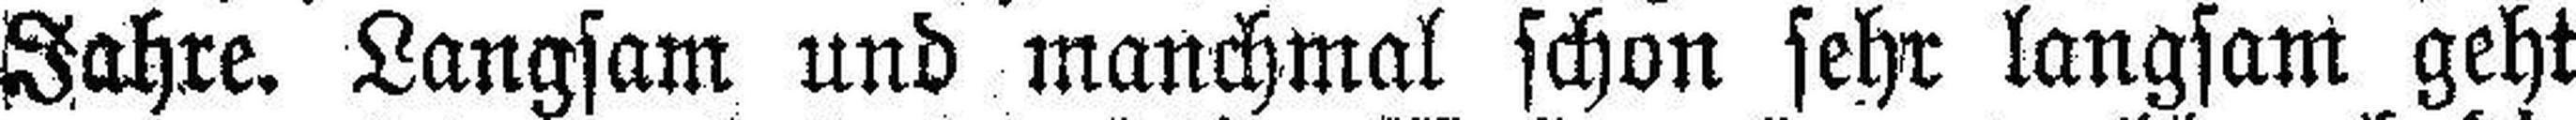
Jahre. Langsam und manchmal schon sehr langsam geht